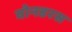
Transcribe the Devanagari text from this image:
वोनडरस